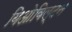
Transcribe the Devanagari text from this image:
यिओविल्टन